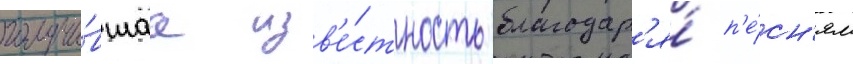
получи́вшаа изв'е́стность благодар'я́ п'е́сн'ям